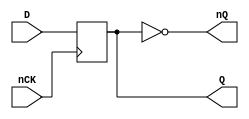
// Fujitsu AV cell
// Power DFF
// furrtek 2022

`timescale 1ns/100ps

module FD2(
	input nCK,
	input D,
	output reg Q,
	output nQ
);

	always @(negedge nCK)
		Q <= #1 D;	// tmax = 4.9ns
	
	assign nQ = ~Q;

endmodule